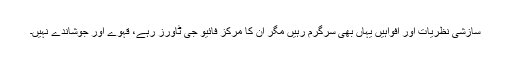
سازشی نظریات اور افواہیں یہاں بھی سرگرم رہیں مگر ان کا مرکز فائیو جی ٹاورز رہے، قہوے اور جوشاندے نہیں۔